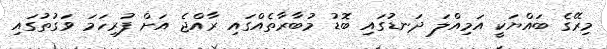
މިރޭގެ ބައްޔަކީ އަމިއްލަ ދަނޑުގައި ބޮޑު މުބާރާތެއްގައި ރާއްޖެ އަށް ފުރިހަމަ ވަގުތުގައި